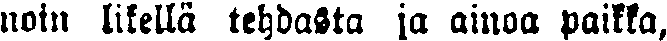
noin likellä tehdasta ja ainoa paikka,